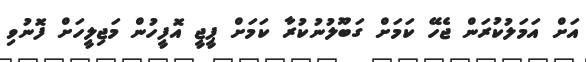
އަށް އަމަލުކުރަން ޖެހޭ ކަމަށް ގަބޫލުނުކުރާ ކަމަށް ޕީޖީ އޮފީހުން މަޖިލީހަށް ފޮނުވި